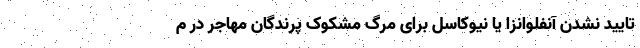
تایید نشدن آنفلوانزا یا نیوکاسل برای مرگ مشکوک پرندگان مهاجر در م